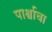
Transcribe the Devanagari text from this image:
पार्श्वाचा